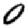
Digit: 0